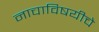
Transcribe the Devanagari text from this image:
नाचाविषयीचे